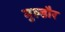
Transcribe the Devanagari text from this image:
मुल्डौर